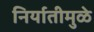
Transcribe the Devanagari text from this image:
निर्यातीमुळे